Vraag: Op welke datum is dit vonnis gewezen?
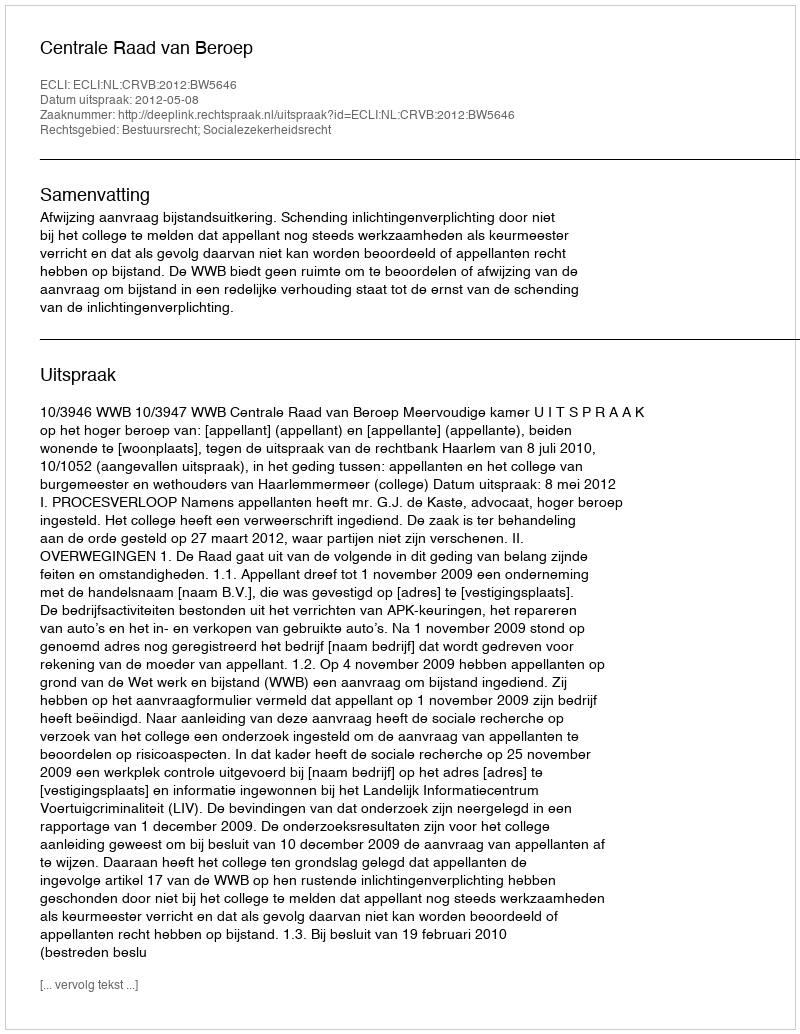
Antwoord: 2012-05-08